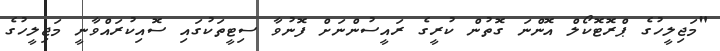
"މަޖިލީހުގެ ޕްރޮޓޮކޯލް އޮންނަ ގޮތުން ކުރީގެ ރައީސުންނަށް ފޮނުވާ ސިޓީތަކުގައި ސޮއިކުރައްވާނީ މަޖިލީހުގެ